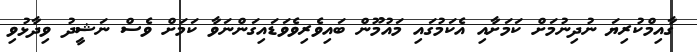
ގާއިމްކުރިޔަ ނުދިނުމަށް ކަމަށާއި އެކަމުގައި މައުމޫން ބައިވެރިވެވަޑައިގަންނަވާ ކަމަށް ވެސް ނަޝީދު ވިދާޅުވި